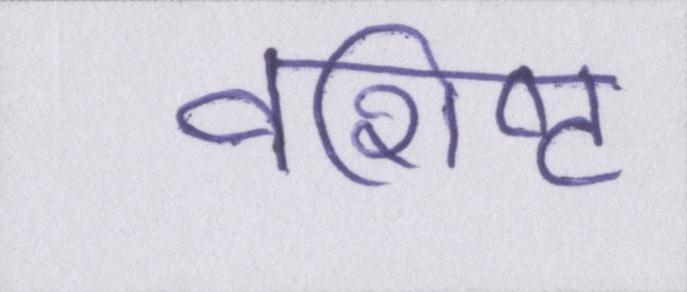
वशिष्ट